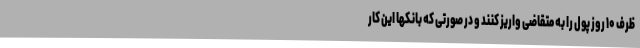
ظرف ۱۰ روز پول را به متقاضی واریز کنند و در صورتی که بانکها این کار